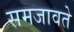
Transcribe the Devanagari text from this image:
समजावते